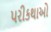
પરીકથાઓ